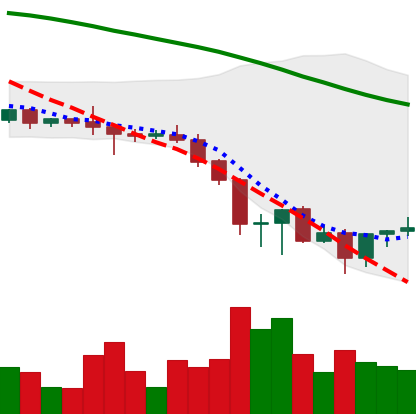
Ticker: BNB-USD
Chart end date: 2022-06-21
Forward return: 6.542%
Label: up_5_7